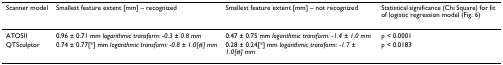
<table><thead><tr><td><b>Scanner model</b></td><td><b>Smallest feature extent [mm] – recognized</b></td><td><b>Smallest feature extent [mm] – not recognized</b></td><td><b>Statistical significance (Chi Square) for fit of logistic regression model (Fig. 6)</b></td></tr></thead><tbody><tr><td>ATOSII</td><td>0.96 ± 0.71 mm <i>logarithmic transform: -0.3 ± 0.8 mm</i></td><td>0.47 ± 0.75 mm <i>logarithmic transform: -1.4 ± 1.0 mm</i></td><td>p &lt; 0.0001</td></tr><tr><td>QTSculptor</td><td>0.74 ± 0.77[*] mm <i>logarithmic transform: -0.8 ± 1.0[#] mm</i></td><td>0.28 ± 0.24[*] mm <i>logarithmic transform: -1.7 ± 1.0[#] mm</i></td><td>p &lt; 0.0183</td></tr></tbody></table>